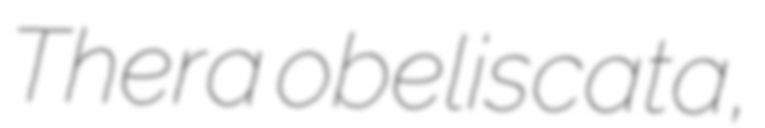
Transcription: Thera obeliscata,